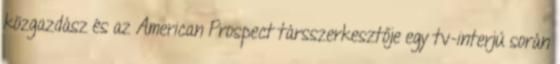
közgazdász és az American Prospect társszerkesztője egy tv-interjú során